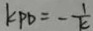
k _ { P D } = - \frac { 1 } { k }